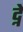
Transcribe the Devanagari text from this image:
द्ने